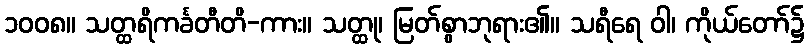
၁၀၀၈။ သတ္ထရိကင်္ခတီတိ-ကား။ သတ္ထု၊ မြတ်စွာဘုရား၏။ သရီရေ ဝါ၊ ကိုယ်တော်၌